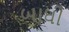
બાઘી